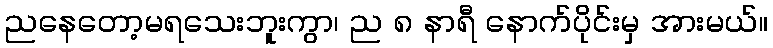
ညနေတော့မရသေးဘူးကွာ၊ ည ၈ နာရီ နောက်ပိုင်းမှ အားမယ်။